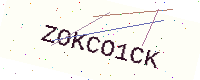
Text: ZOKCO1CK